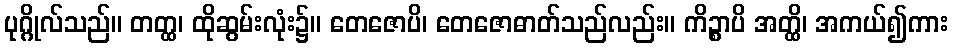
ပုဂ္ဂိုလ်သည်။ တတ္ထ၊ ထိုဆွမ်းလုံး၌။ တေဇောပိ၊ တေဇောဓာတ်သည်လည်း။ ကိဉ္စာပိ အတ္ထိ၊ အကယ်၍ကား